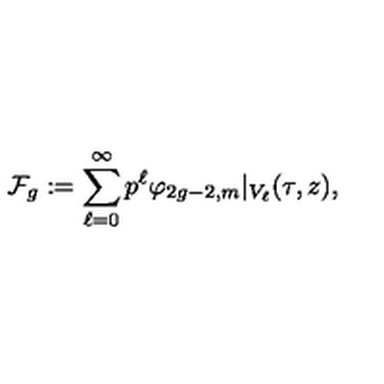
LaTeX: \mathcal { F } _ { g } : = \sum _ { \ell = 0 } ^ { \infty } p ^ { \ell } \varphi _ { 2 g - 2 , m } \vert _ { V _ { \ell } } ( \tau , z ) ,